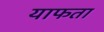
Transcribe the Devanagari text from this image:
याफता